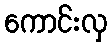
ကောင်းလှ